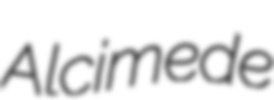
Alcimede